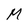
Character: M